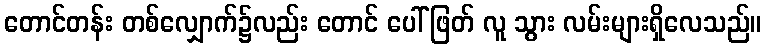
တောင်တန်း တစ်လျှောက်၌လည်း တောင် ပေါ် ဖြတ် လူ သွား လမ်းများရှိလေသည်။